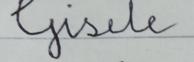
Signature authenticity: forged